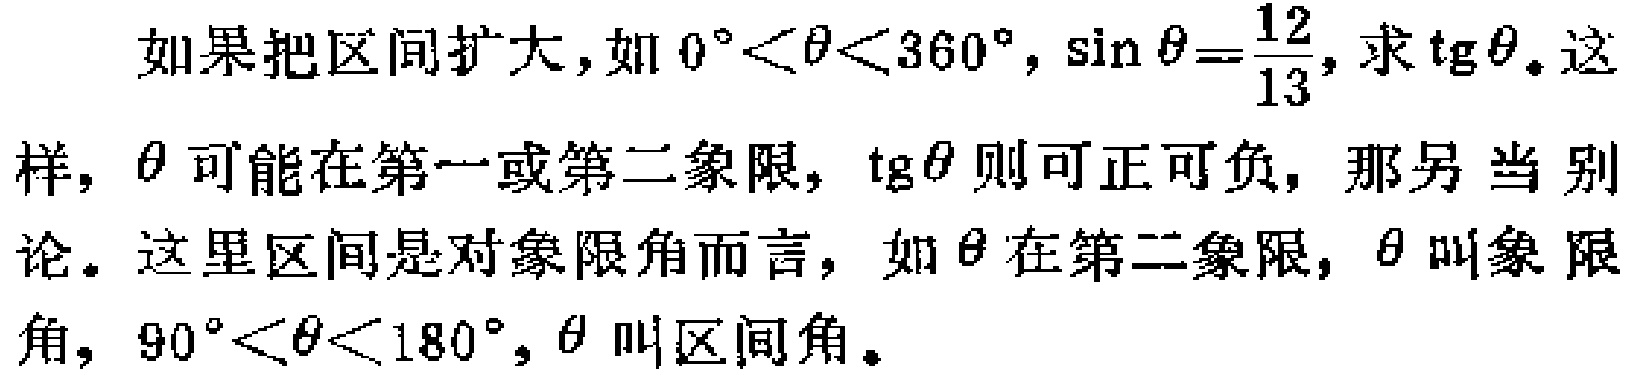
如果把区间扩大，如\(0^{\circ}<\theta<360^{\circ},\sin\theta = \frac{12}{13}\)，求\(\text{tg}\theta\)。这样，\(\theta\)可能在第一或第二象限，\(\text{tg}\theta\)则可正可负，那另当别论。这里区间是对象限角而言，如\(\theta\)在第二象限，\(\theta\)叫象限角，\(90^{\circ}<\theta<180^{\circ}\)，\(\theta\)叫区间角。